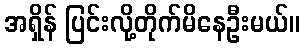
အရှိန် ပြင်းလို့တိုက်မိနေဦးမယ်။